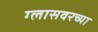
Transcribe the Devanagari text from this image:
ग्लासवरच्या